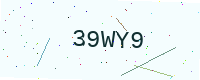
Text: 39WY9